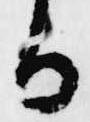
る